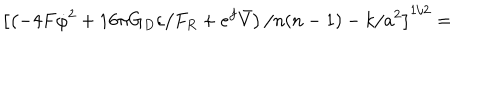
\left[ \left( - 4 F \dot { \varphi } ^ { 2 } + 1 6 \pi G _ { D } \varepsilon / F _ { R } + e ^ { f } \bar { V } \right) / n ( n - 1 ) - k / a ^ { 2 } \right] ^ { 1 / 2 } =